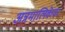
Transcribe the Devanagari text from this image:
अन्नमालिकेवर